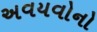
અવયવોનો